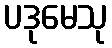
ပဒုမေသု